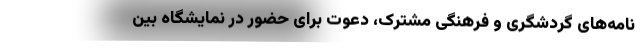
‌نامه‌های گردشگری و فرهنگی مشترک، دعوت برای حضور در نمایشگاه بین‌